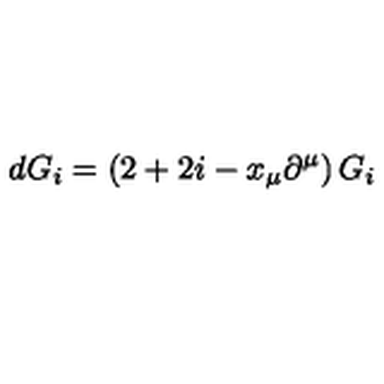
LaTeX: d G _ { i } = \left( 2 + 2 i - x _ { \mu } \partial ^ { \mu } \right) G _ { i }